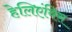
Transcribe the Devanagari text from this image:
हेलिएंथिस